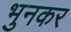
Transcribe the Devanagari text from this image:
भुनकर